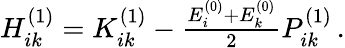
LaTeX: \begin{array}{r}{H_{ik}^{(1)}=K_{ik}^{(1)}-\frac{E_{i}^{(0)}+E_{k}^{(0)}}{2}P_{ik}^{(1)}\, .}\end{array}